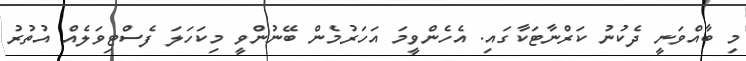
މި ބާއްވަނީ ދެކުނު ކަރްނާޓަކާގައި. އެހެންވީމަ އަހަރުމެން ބޭނުންވީ މިކަހަލަ ފެސްޓިވަލެއް އުތުރު